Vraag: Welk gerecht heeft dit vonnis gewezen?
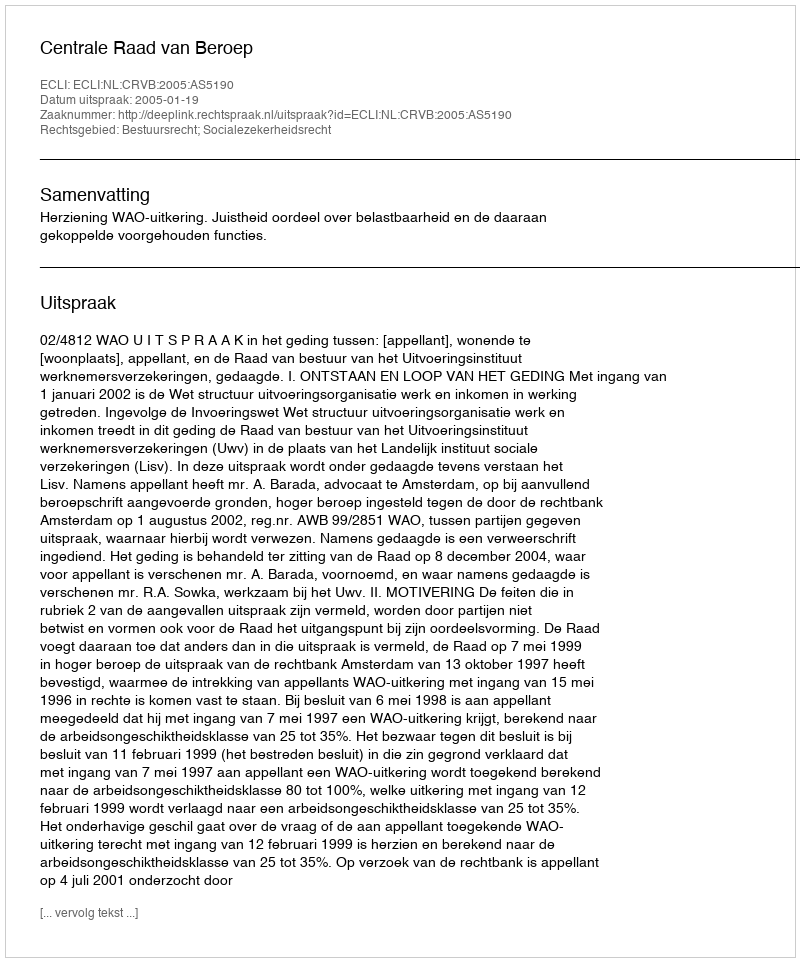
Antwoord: Centrale Raad van Beroep